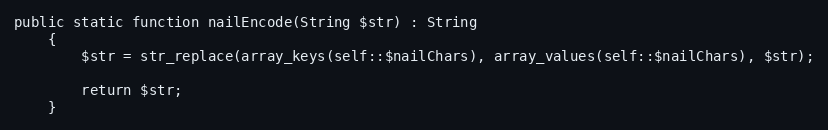
Language: PHP
public static function nailEncode(String $str) : String
    {
        $str = str_replace(array_keys(self::$nailChars), array_values(self::$nailChars), $str);

        return $str;
    }